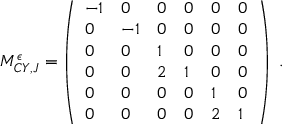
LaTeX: { \cal M } _ { C Y , J } ^ { \epsilon } = \left( \begin{array} { l l l l l l } { { - 1 } } & { { 0 } } & { { 0 } } & { { 0 } } & { { 0 } } & { { 0 } } \\ { { 0 } } & { { - 1 } } & { { 0 } } & { { 0 } } & { { 0 } } & { { 0 } } \\ { { 0 } } & { { 0 } } & { { 1 } } & { { 0 } } & { { 0 } } & { { 0 } } \\ { { 0 } } & { { 0 } } & { { 2 } } & { { 1 } } & { { 0 } } & { { 0 } } \\ { { 0 } } & { { 0 } } & { { 0 } } & { { 0 } } & { { 1 } } & { { 0 } } \\ { { 0 } } & { { 0 } } & { { 0 } } & { { 0 } } & { { 2 } } & { { 1 } } \end{array} \right) \ .